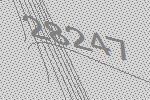
28247